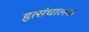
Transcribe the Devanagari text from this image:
हृत्संचालक